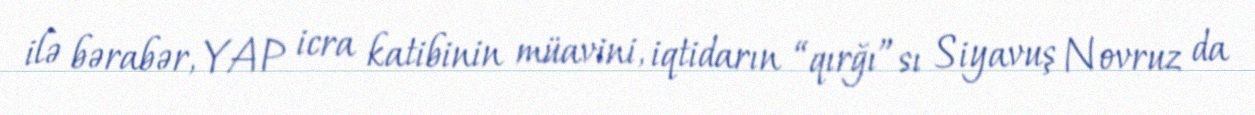
ilə bərabər, YAP icra katibinin müavini, iqtidarın “qırğı”sı Siyavuş Novruz da